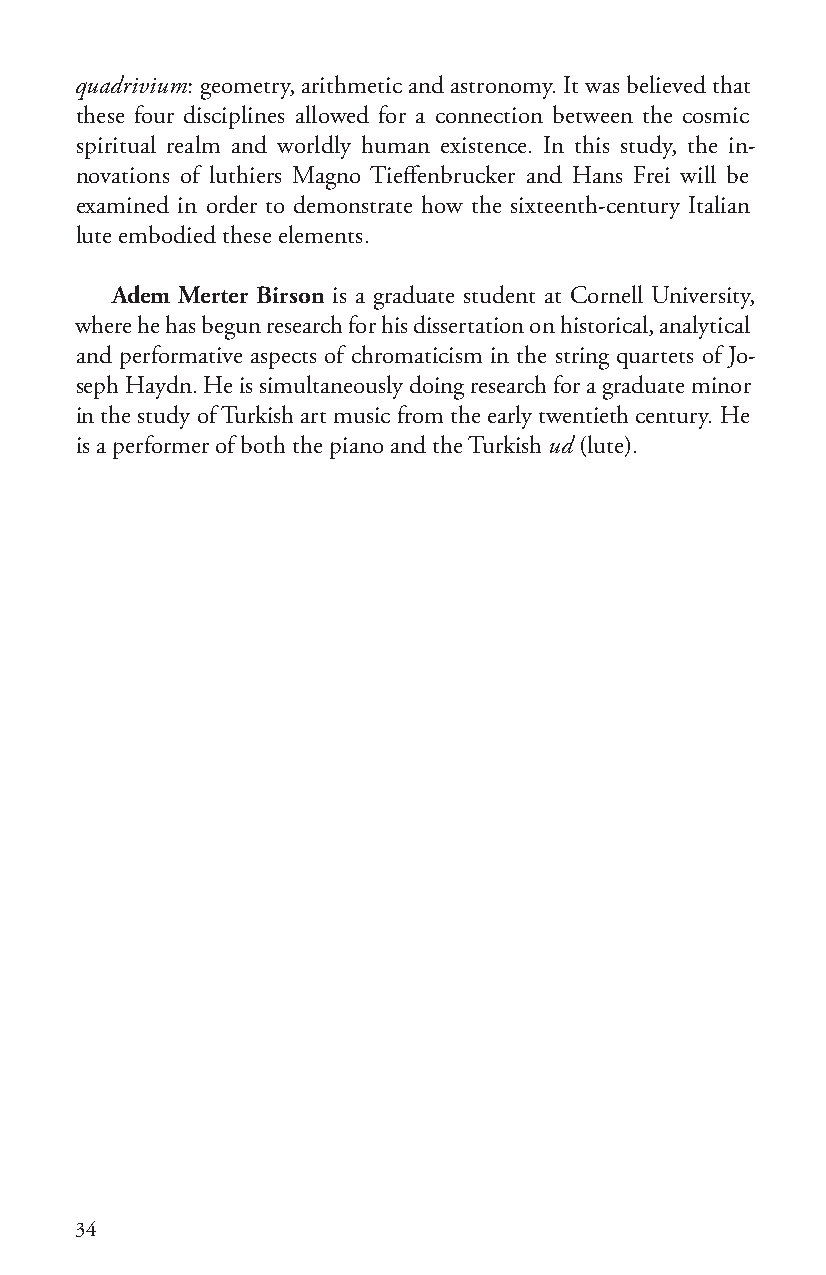
quadrivium: geometry, arithmetic and astronomy. It was believed that
 these four disciplines allowed for a connection between the cosmic
 spiritual realm and worldly human existence. In this study, the in-
 novations of luthiers Magno Tieffenbrucker and Hans Frei will be
 examined in order to demonstrate how the sixteenth-century Italian
 lute embodied these elements.
 Adem Merter Birson is a graduate student at Cornell University,
 where he has begun research for his dissertation on historical, analytical
 and performative aspects of chromaticism in the string quartets of Jo-
 seph Haydn. He is simultaneously doing research for a graduate minor
 in the study of Turkish art music from the early twentieth century. He
 is a performer of both the piano and the Turkish ud (lute).
 34